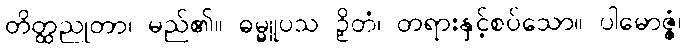
တိတ္ထညုတာ၊ မည်၏။ ဓမ္မူပသ ဉှိတံ၊ တရားနှင့်စပ်သော။ ပါမောဇ္ဇံ၊